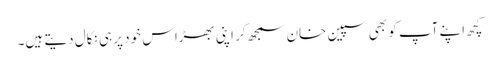
کچھ اپنے آپ کو بھی سپین خان سمجھ کر اپنی بھڑاس خود پر ہی نکال دیتے ہیں۔